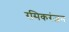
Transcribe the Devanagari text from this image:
रसिकरंजन